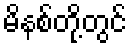
မိနစ်တို့တွင်